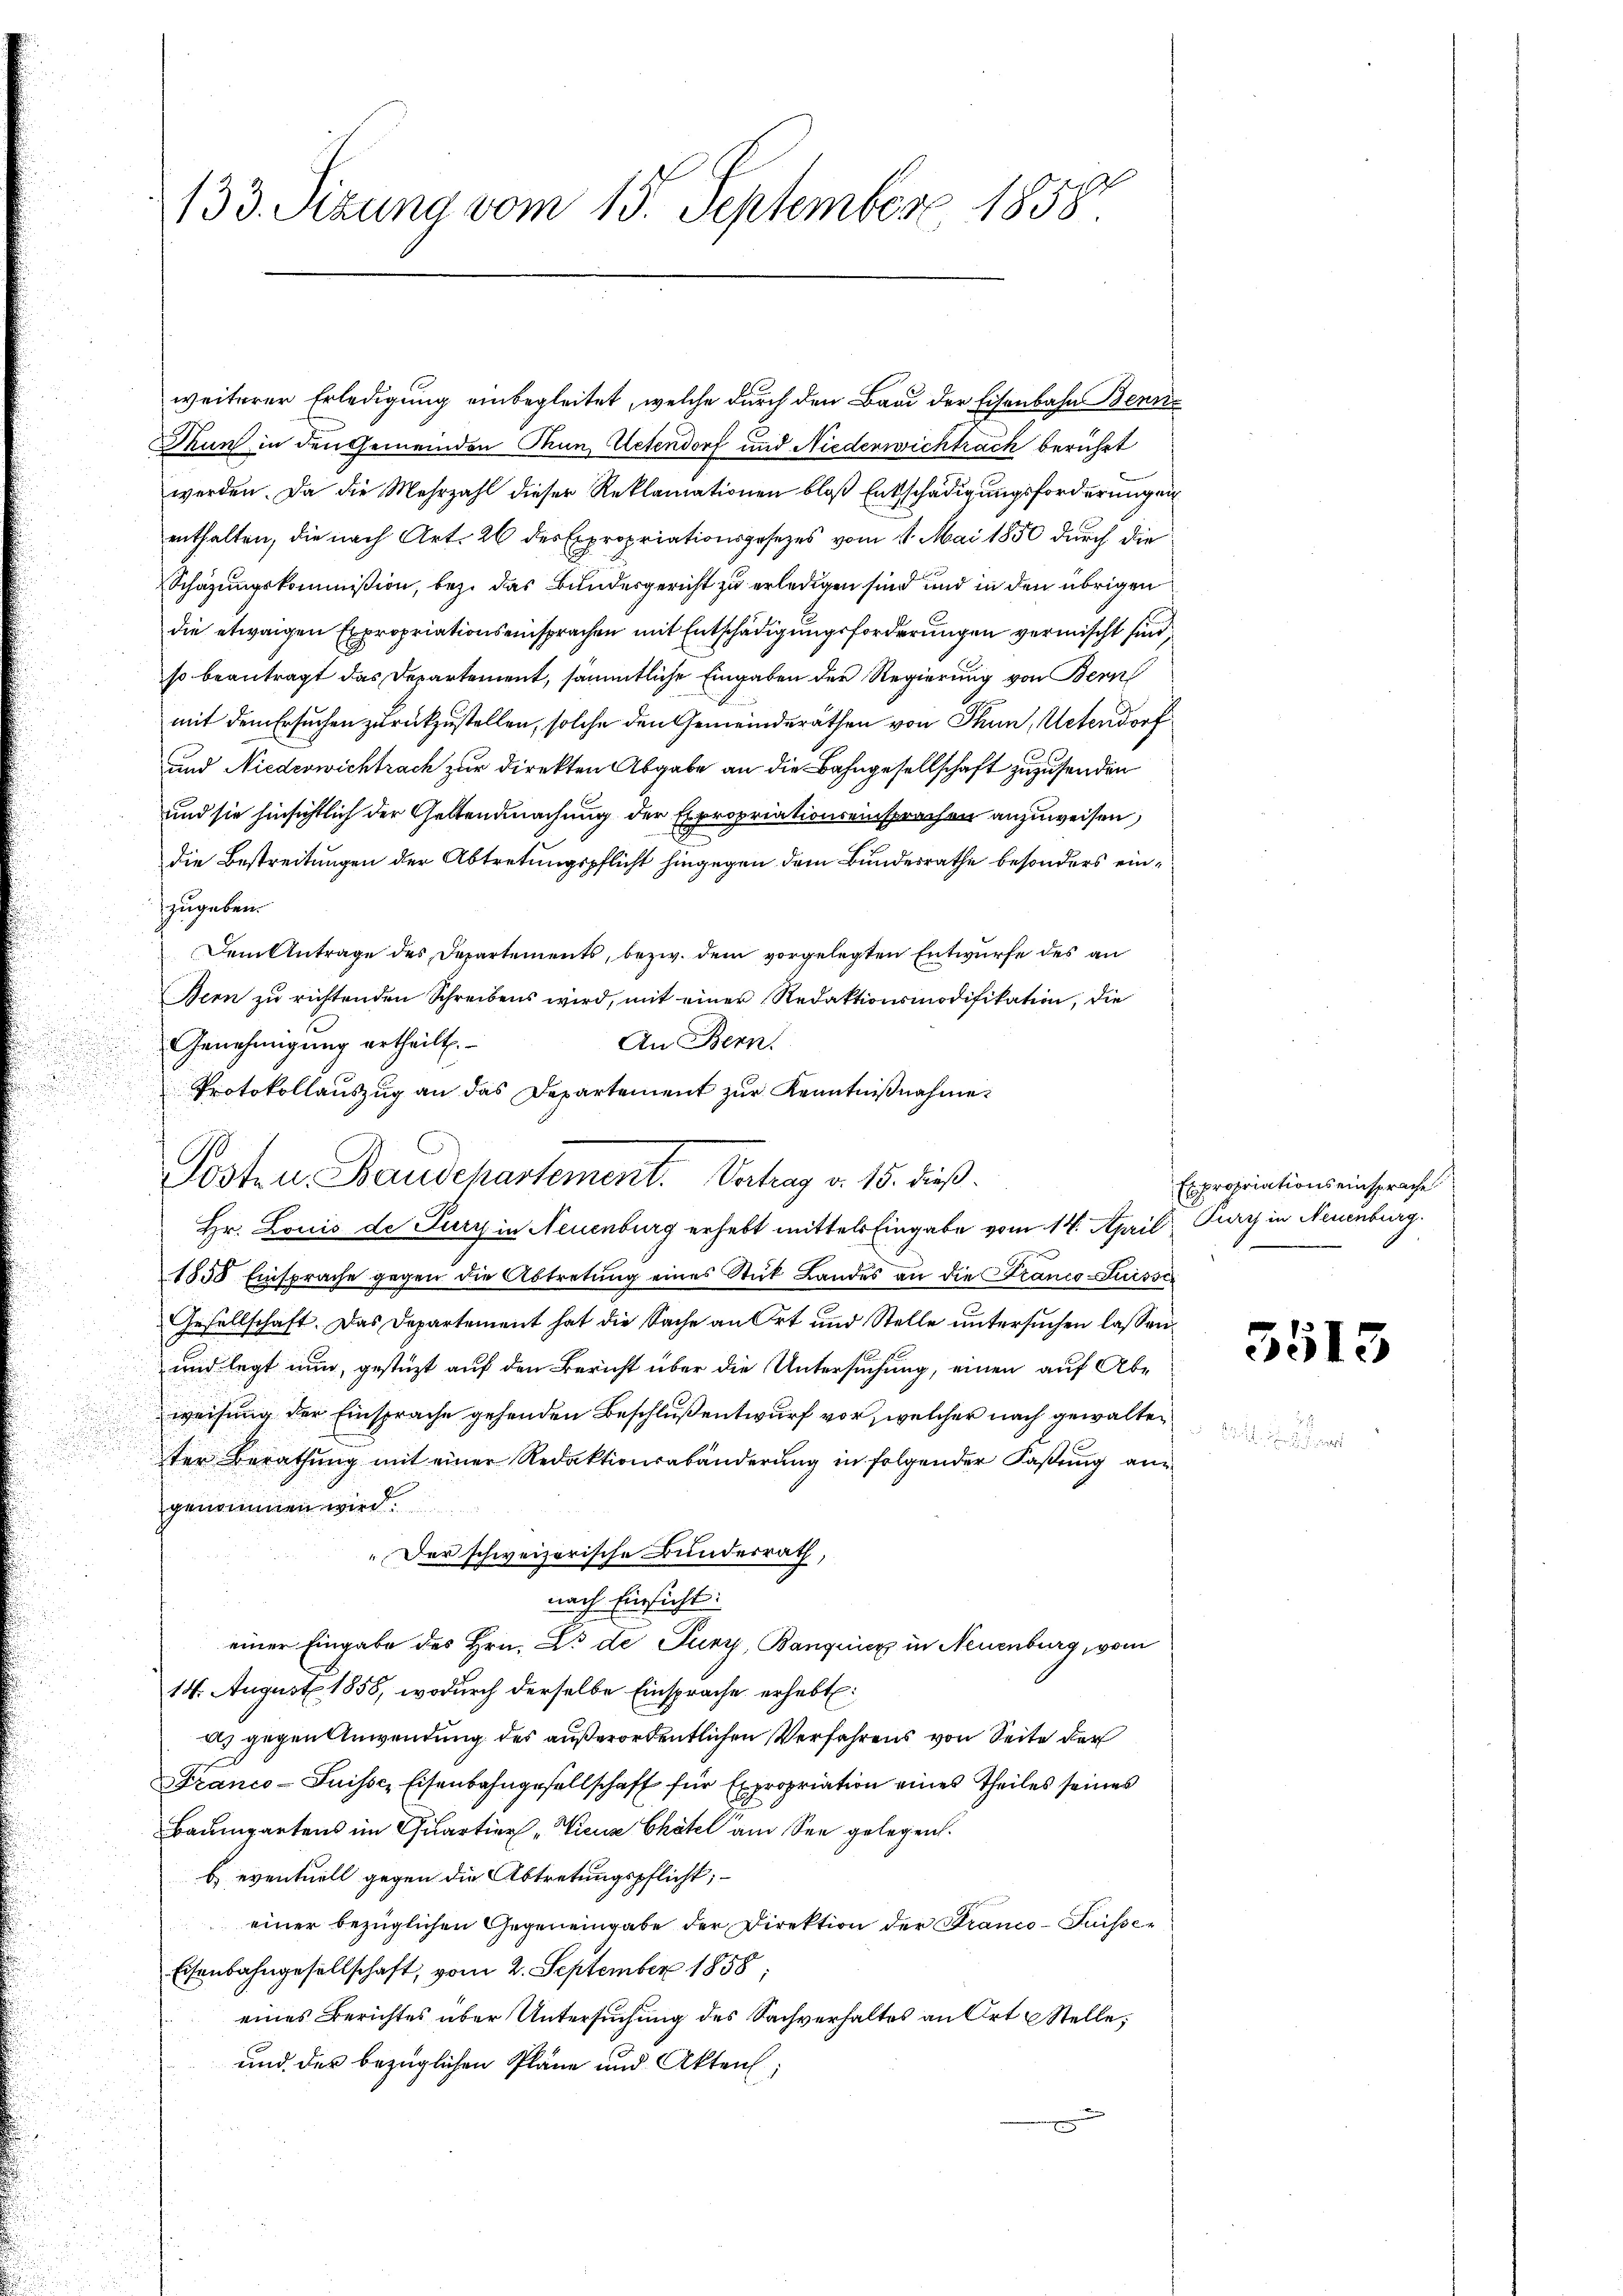
.

133. Sizung vom 15. September 1858.

weiterer Erledigung einbegleitet, welche durch den Bau der Eisenbahn Benne
Thun in den Gemeinden Thun, Uetendorf und Niedenwichtrach berührt
werden. Da die Mehrzahl dieser Reklamationen bloβ Entschädigŭngsforderungen
enthalten, die nach Art. 26 des Expropriationsgesezes vom 11. Mai 1850 durch die
Schazungskommißion, bez. das Bundesgericht zu erledigen sind und in den übrigen
die etwaigen Expropriationseinsprachen mit Entschädigungsforderungen vermischt sind
so beantragt das Departement, sämmtliche Eingaben der Regierung von Bern
mit dem Ersuchen zurückzustellen, solche den Gemeinderäthen von Thun, Unterdorf
und Niederwichtrach zur Direkten Abgabe an die Bahngesellschaft zuzusenden
und sie hinsichtlich der Geltendmachung der Expropriationseinsprachen anzuweisen,
die Bestreitungen der Abtretungspflicht hingegen dem Bundesrathe besonders einzugeben.
Dem Antrage des Departements, bezw. dem vorgelegten Entwurfe des an
Bern zu richtenden Schreibens wird, mit einer Redaktionsmodifikation, die
An Bern
Genehmigung ertheilt.
Protokollauszug an das Departement zur Kenntnißnahme
Hr. Louis de Tury in Neuenburg erhebt mittels Eingabe vom 14. April Kay in Neuenburg.
1858 Einsprache gegen die Abtretung eines Stück Landes an die Franco-Suisser
Gesellschaft. Das Departement hat die Sache an Ort und Stelle untersuchen lassen.
und legt nun, gestützt auf den Bericht über die Untersuchung, einen auf Abweisung der Einsprache gehenden Beschluß entwurf vor, welcher nach gewalten
ter Berathung mit einer Redaktionsabänderung in folgender Faßung angenommen wird
"Der schweizerische Bunderrath,
nach Einsicht:
einer Eingabe des Hrn. Er de Turz, Banquis in Neuenburg, vom
14. August 1858, wodurch derselbe Einsprache erhebt:
ds gegen Anwendung des außerordentlichen Verfahrens von Seite der
Franco-Suisse Eisenbahngesellschaft für Expropriation eines Theiles seines
Baumgartens im Quartier „Wieux Chätel am See gelegen.
E eventuell gegen die Abtretungspflicht;
einer bezüglichen Gegeneingabe der Direktion der Franco- Puisse¬
Eisenbahngesellschaft, vom 2. September 1858;
eines Berichtes über Untersuchung des Sachverhaltes an Ort & Stelle;
und des bezüglichen Pläne und Akten;

Posten Baudepartement. Vertrag v. 15. dieß.

Expropriationseinsprache

5513